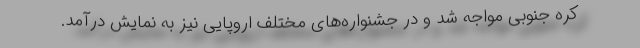
کره جنوبی مواجه شد و در جشنواره‌های مختلف اروپایی نیز به نمایش درآمد.